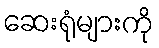
ဆေးရုံများကို